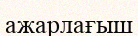
ажарлағыш